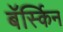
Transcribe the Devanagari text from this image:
बॅर्स्किन